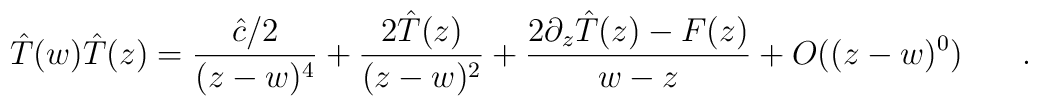
\hat{T}(w)\hat{T}(z) = \frac{\hat{c}/2}{(z-w)^4} + \frac{2 \hat{T}(z)}{(z-w)^2} + \frac{2 \partial_z \hat{T}(z)- F(z)}{w-z} + O((z-w)^0) \hspace{.3in}.